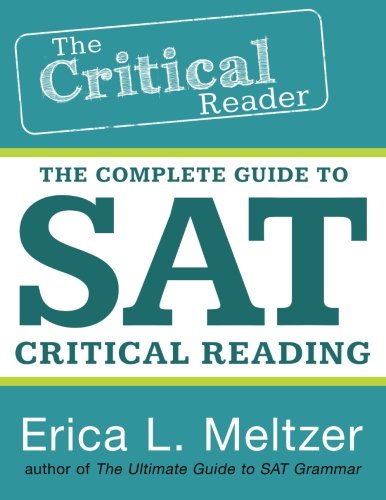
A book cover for The Critical Reader; Erica L. Meltzer; Test Preparation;